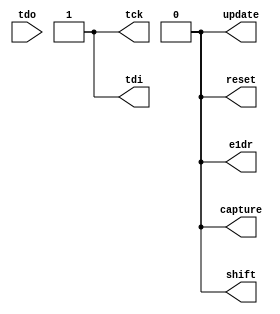
module jtag_tap(
  output tck,
  output tdi,
  input tdo,
  output capture,
  output shift,
  output e1dr,
  output update,
  output reset
);

	assign tck = 1;
	assign tdi = 1;
	assign capture = 0;
	assign shift = 0;
	assign e1dr = 0;
	assign update = 0;
	assign reset = 0;

endmodule